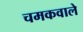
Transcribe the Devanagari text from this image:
चमकवाले